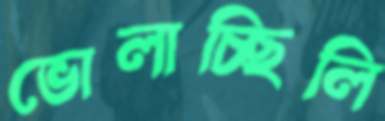
ভোলাচ্ছিলি